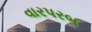
વારપરબ